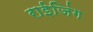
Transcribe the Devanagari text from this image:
राईजिंग